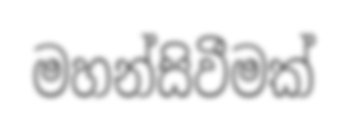
මහන්සිවීමක්